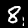
Label: 8